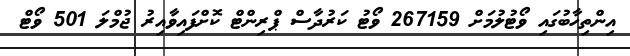
އިންތިހާބުގައި ވޯޓުލުމަށް 267159 ވޯޓު ކަރުދާސް ޕްރިންޓް ކޮށްފައިވާއިރު ޖުމްލަ 501 ވޯޓް